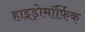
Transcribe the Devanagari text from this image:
हाइड्रोमॉर्फ़िक